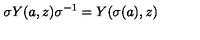
\sigma Y ( a , z ) \sigma ^ { - 1 } = Y ( \sigma ( a ) , z )